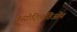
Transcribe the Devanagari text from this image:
वसोदिलतिओन